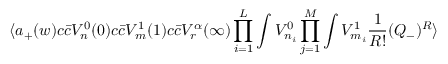
\langle a _ { + } ( w ) c { \bar { c } } V _ { n } ^ { 0 } ( 0 ) c { \bar { c } } V _ { m } ^ { 1 } ( 1 ) c { \bar { c } } V _ { r } ^ { \alpha } ( \infty ) \prod _ { i = 1 } ^ { L } \int V _ { n _ { i } } ^ { 0 } \prod _ { j = 1 } ^ { M } \int V _ { m _ { i } } ^ { 1 } { \frac { 1 } { R ! } } ( Q _ { - } ) ^ { R } \rangle